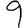
Digit: 9